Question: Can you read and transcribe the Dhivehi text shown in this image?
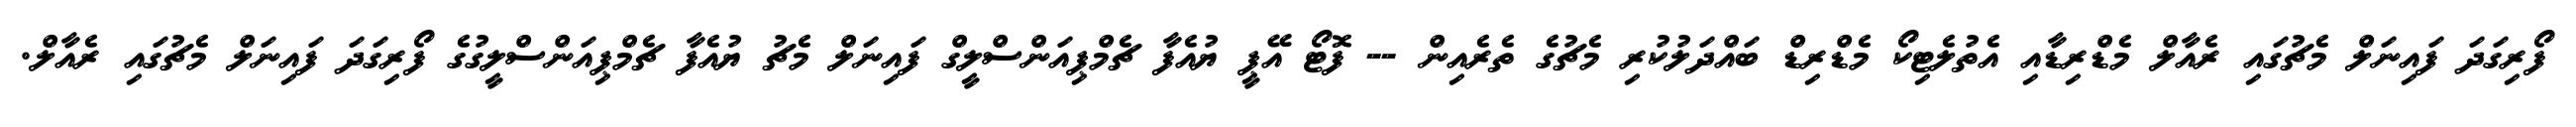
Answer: ފޯރިގަދަ ފައިނަލް މެޗުގައި ރެއާލް މެޑްރިޑާއި އެތުލެޓިކޯ މެޑްރިޑް ބައްދަލުކުރި މެޗުގެ ތެރެއިން -- ފޮޓޯ އޭޕީ ޔުއެފާ ޗެމްޕިއަންސްލީގް ފައިނަލް މެޗު ޔުއެފާ ޗެމްޕިއަންސްލީގުގެ ފޯރިގަދަ ފައިނަލް މެޗުގައި ރެއާލް.